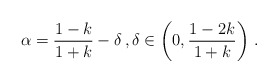
\begin{align*}\alpha=\frac{1-k}{1+k}-\delta \, , \delta\in \left(0, \frac{1-2k}{1+k}\right)\,.\end{align*}